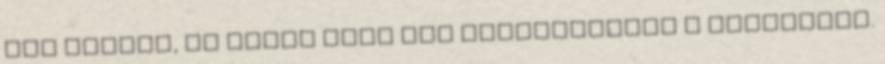
őrá vártam, és akkor most jól elfuseráltam a helyzetet.